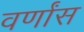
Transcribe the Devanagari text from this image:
वर्णांस